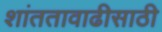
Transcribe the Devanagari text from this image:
शांततावाढीसाठी